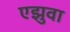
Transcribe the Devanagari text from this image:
एझुवा